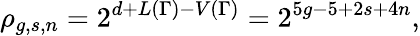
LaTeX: \rho_{g,s,n}=2^{d+L(\Gamma)-V(\Gamma)}=2^{5g-5+2s+4n},